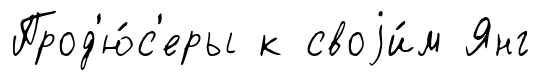
Прод'ю́с'еры к своjи́м Янг